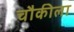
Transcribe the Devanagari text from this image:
चौकीला